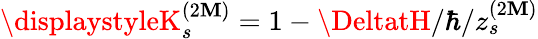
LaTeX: \displaystyleK_{s}^{(2\mathbf{M})}=1-\DeltatH/\hbar/z_{s}^{(2\mathbf{M})}